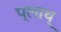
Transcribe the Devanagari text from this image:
प्लाथ्